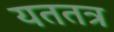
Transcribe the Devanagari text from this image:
यततत्र